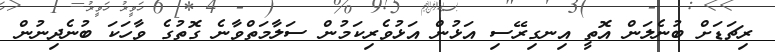
ރިޗަޑަށް ބުނެލަން އޮތީ އިނގިރޭސި އަޅުން އަޅުވެރިކަމުން ސަލާމަތްވާނެ ގޮތުގެ ވާހަކަ ބުނެދިނުން